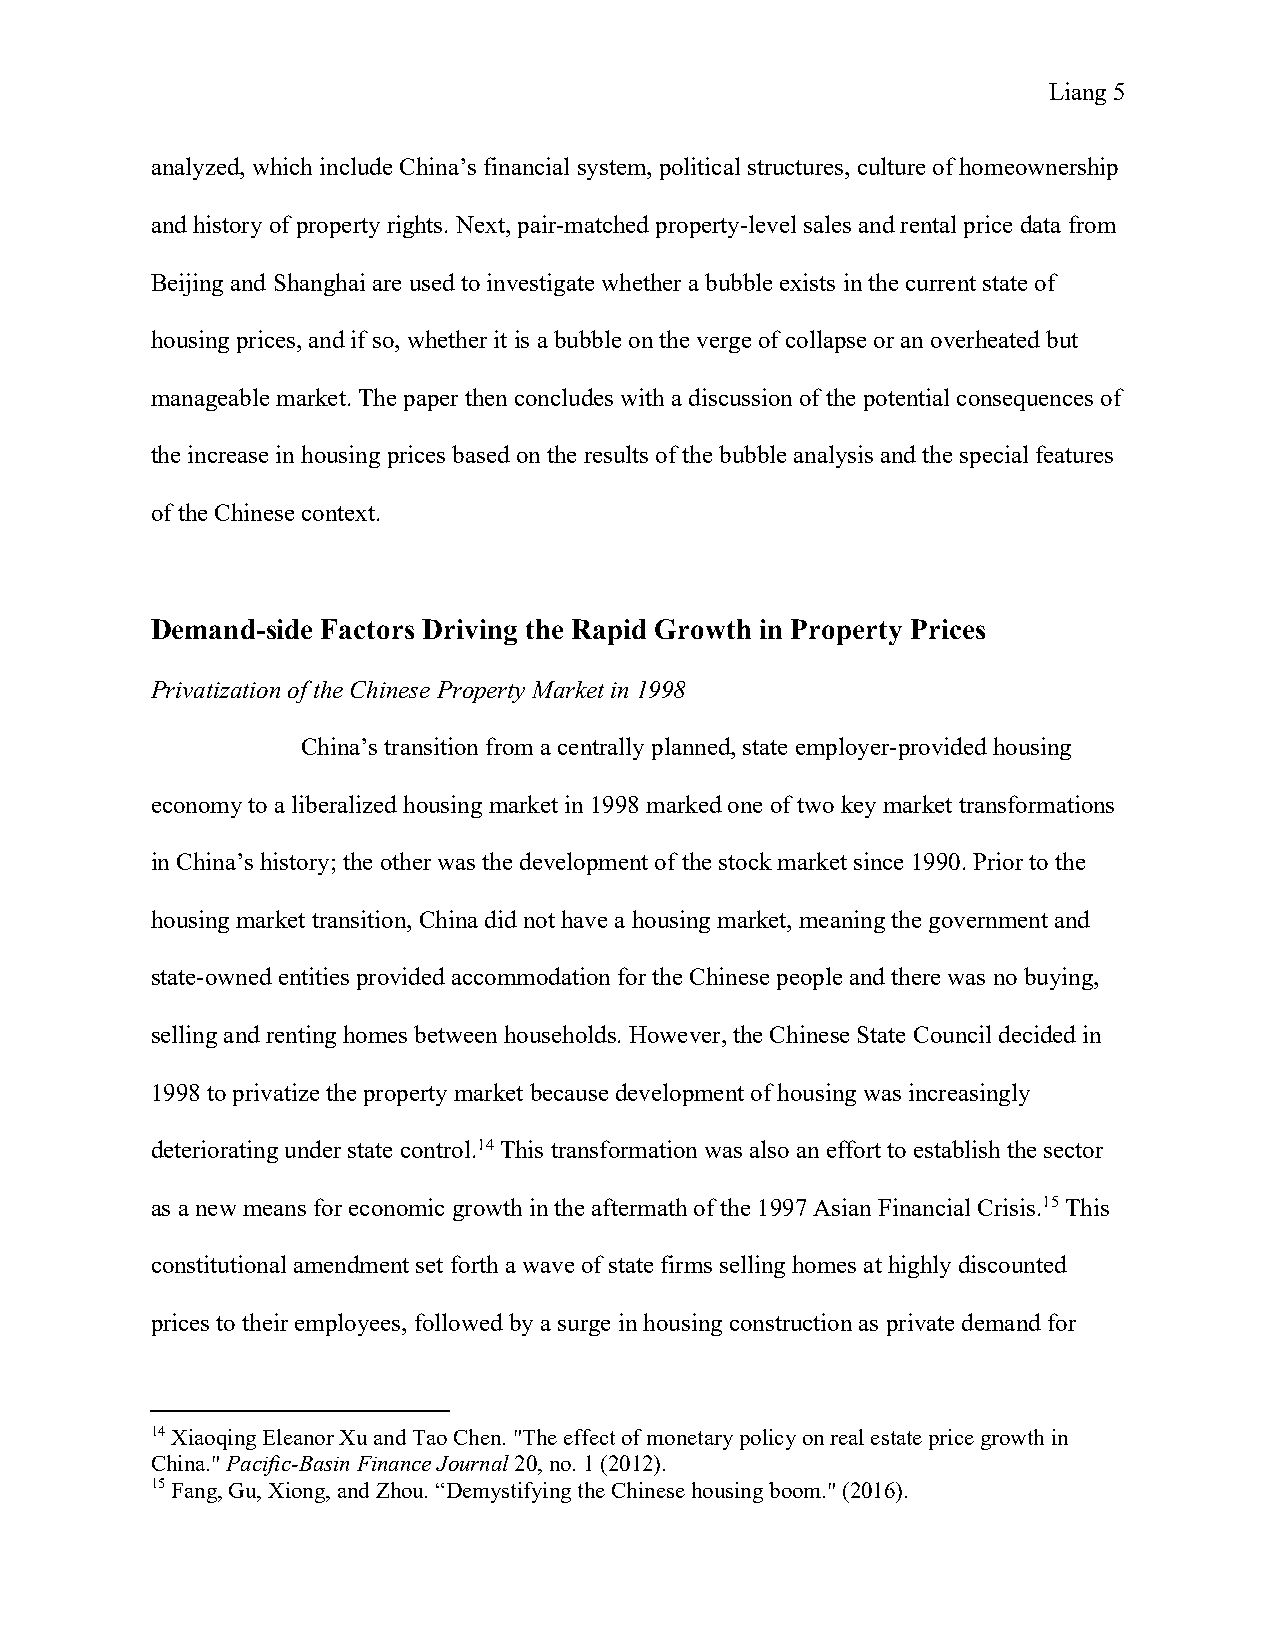
Lian g 5
 analyzed, which include China’s financial system, political structures, culture of homeownership
 and history of property rights. Next, pair-matched property-level sales and rental price data from
 Beijing and Shanghai are used to investigate whether a bubble exists in the current state of
 housing prices, and if so, whether it is a bubble on the verge of collapse or an overheated but
 manageable market. The paper then concludes with a discussion of the potential consequences of
 the increase in housing prices based on the results of the bubble analysis and the special features
 of the Chinese context.
 Demand-side Factors Driving the Rapid Growth in Property Prices
 Privatization of the Chinese Property Market in 1998
 China’s transition from a centrally planned, state employer-provided housing
 economy to a liberalized housing market in 1998 marked one of two key market transformations
 in China’s history; the other was the development of the stock market since 1990. Prior to the
 housing market transition, China did not have a housing market, meaning the government and
 state-owned entities provided accommodation for the Chinese people and there was no buying,
 selling and renting homes between households. However, the Chinese State Council decided in
 1998 to privatize the property market because development of housing was increasingly
 deteriorating under state control.14 This transformation was also an effort to establish the sector
 as a new means for economic growth in the aftermath of the 1997 Asian Financial Crisis.15 This
 constitutional amendment set forth a wave of state firms selling homes at highly discounted
 prices to their employees, followed by a surge in housing construction as private demand for
 14 Xiaoqing Eleanor Xu and Tao Chen. "The effect of monetary policy on real estate price growth in
 China." Pacific-Basin Finance Journal 20, no. 1 (2012).
 15 Fang, Gu, Xiong, and Zhou. “Demystifying the Chinese housing boom." (2016).